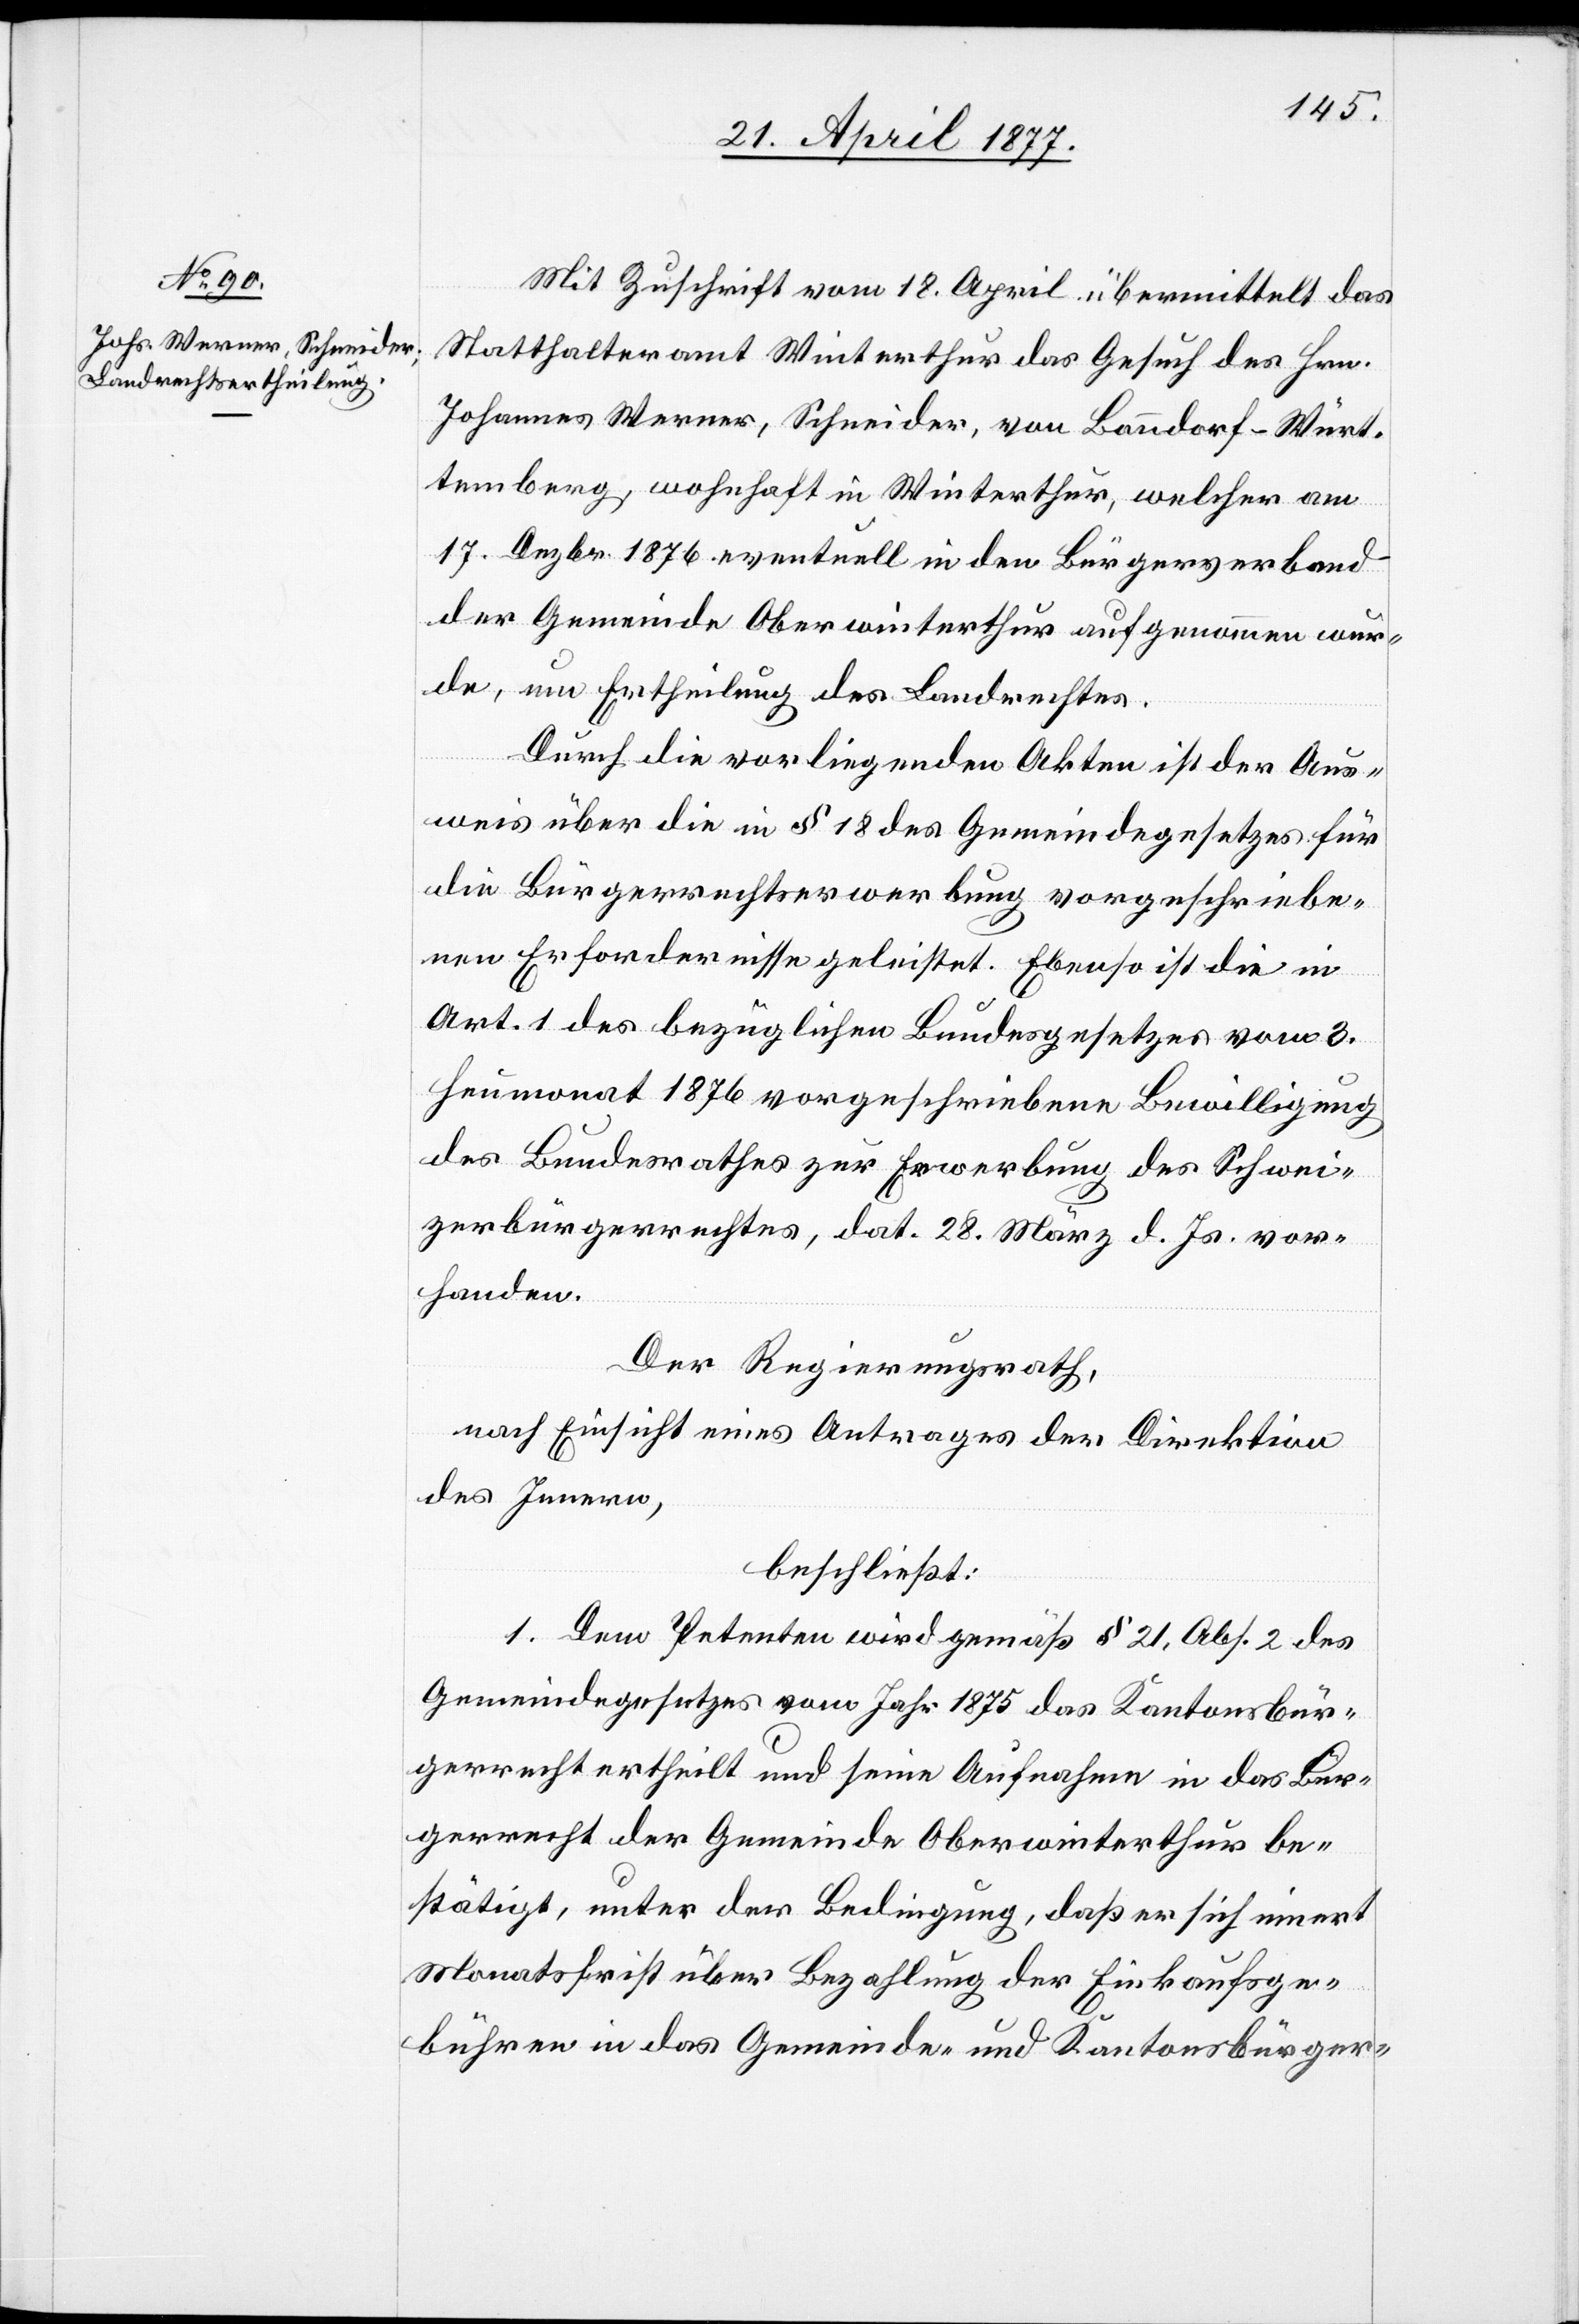
Mit Zuschrift vom 18. April übermittelt das
Statthalteramt Winterthur das Gesuch des Hrn.
Johannes Werner, Schneider, von Banndorf - Würt¬
temberg, wohnhaft in Winterthur, welcher am
17. Dezbr. 1876 eventuell in den Bürgerverband
der Gemeinde Oberwinterthur aufgenommen wur¬
de, um Ertheilung des Landrechtes.
Durch die vorliegenden Akten ist der Aus¬
weis über die in § 18 des Gemeindegesetzes für
die Bürgerrechtserwerbung vorgeschriebe¬
nen Erfordernisse geleistet. Ebenso ist die in
Art. 1 des bezüglichen Bundesgesetzes vom 3.
Heumonat 1876 vorgeschriebene Bewilligung
des Bundesrathes zur Erwerbung des Schwei¬
zerbürgerrechtes, dat. 28. März d. Js. vor¬
handen.
Der Regierungsrath,
nach Einsicht eines Antrages der Direktion
des Innern,
beschließt:
1. Dem Petenten wird gemäß § 21, Abs. 2 des
Gemeindegesetzes vom Jahr 1875 das Kantonsbür¬
gerrecht ertheilt und seine Aufnahme in das Bür¬
gerrecht der Gemeinde Oberwinterthur be¬
stätigt, unter der Bedingung, daß er sich innert
Monatsfrist über Bezahlung der Einkaufsge¬
bühren in das Gemeinde- und Kantonsbürger-